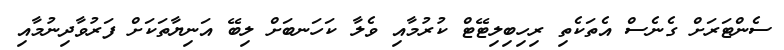
ސެންޓަރަށް ގެނެސް އެތަކެތި ރިހިބިލިޓޭޓް ކުރުމާއި ވެލާ ކަހަނބަށް ލިބޭ އަނިޔާތަކަށް ފަރުވާދިނުމާއި